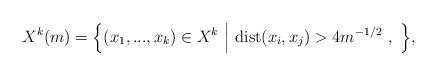
LaTeX: \begin{align*}X^k(m)= \Big\lbrace (x_1,...,x_k) \in X^k \ \Big\vert \ \mathrm{dist}(x_i,x_j) > 4 m^{-1/2} \ , \ \Big\rbrace,\end{align*}